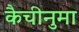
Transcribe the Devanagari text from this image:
कैचीनुमा